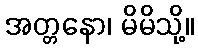
အတ္တနော၊ မိမိသို့။